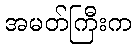
အမတ်ကြီးက